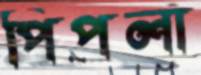
পিপলা